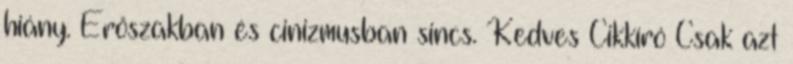
hiány. Erőszakban és cinizmusban sincs. Kedves Cikkíró Csak azt